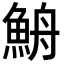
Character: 𩶣